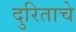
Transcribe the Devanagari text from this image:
दुरिताचे